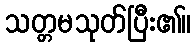
သတ္တမသုတ်ပြီး၏။